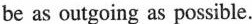
be as outgoing as possible.